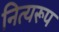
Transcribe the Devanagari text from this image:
नित्यरूप